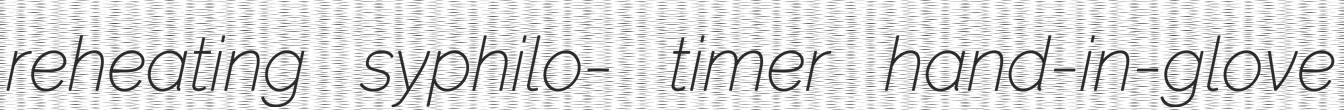
reheating syphilo- timer hand-in-glove